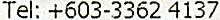
TEL: +603-3362 4137